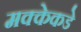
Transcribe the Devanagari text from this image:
मक्केकडे